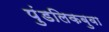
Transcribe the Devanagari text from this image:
पुंडलिकबुवा